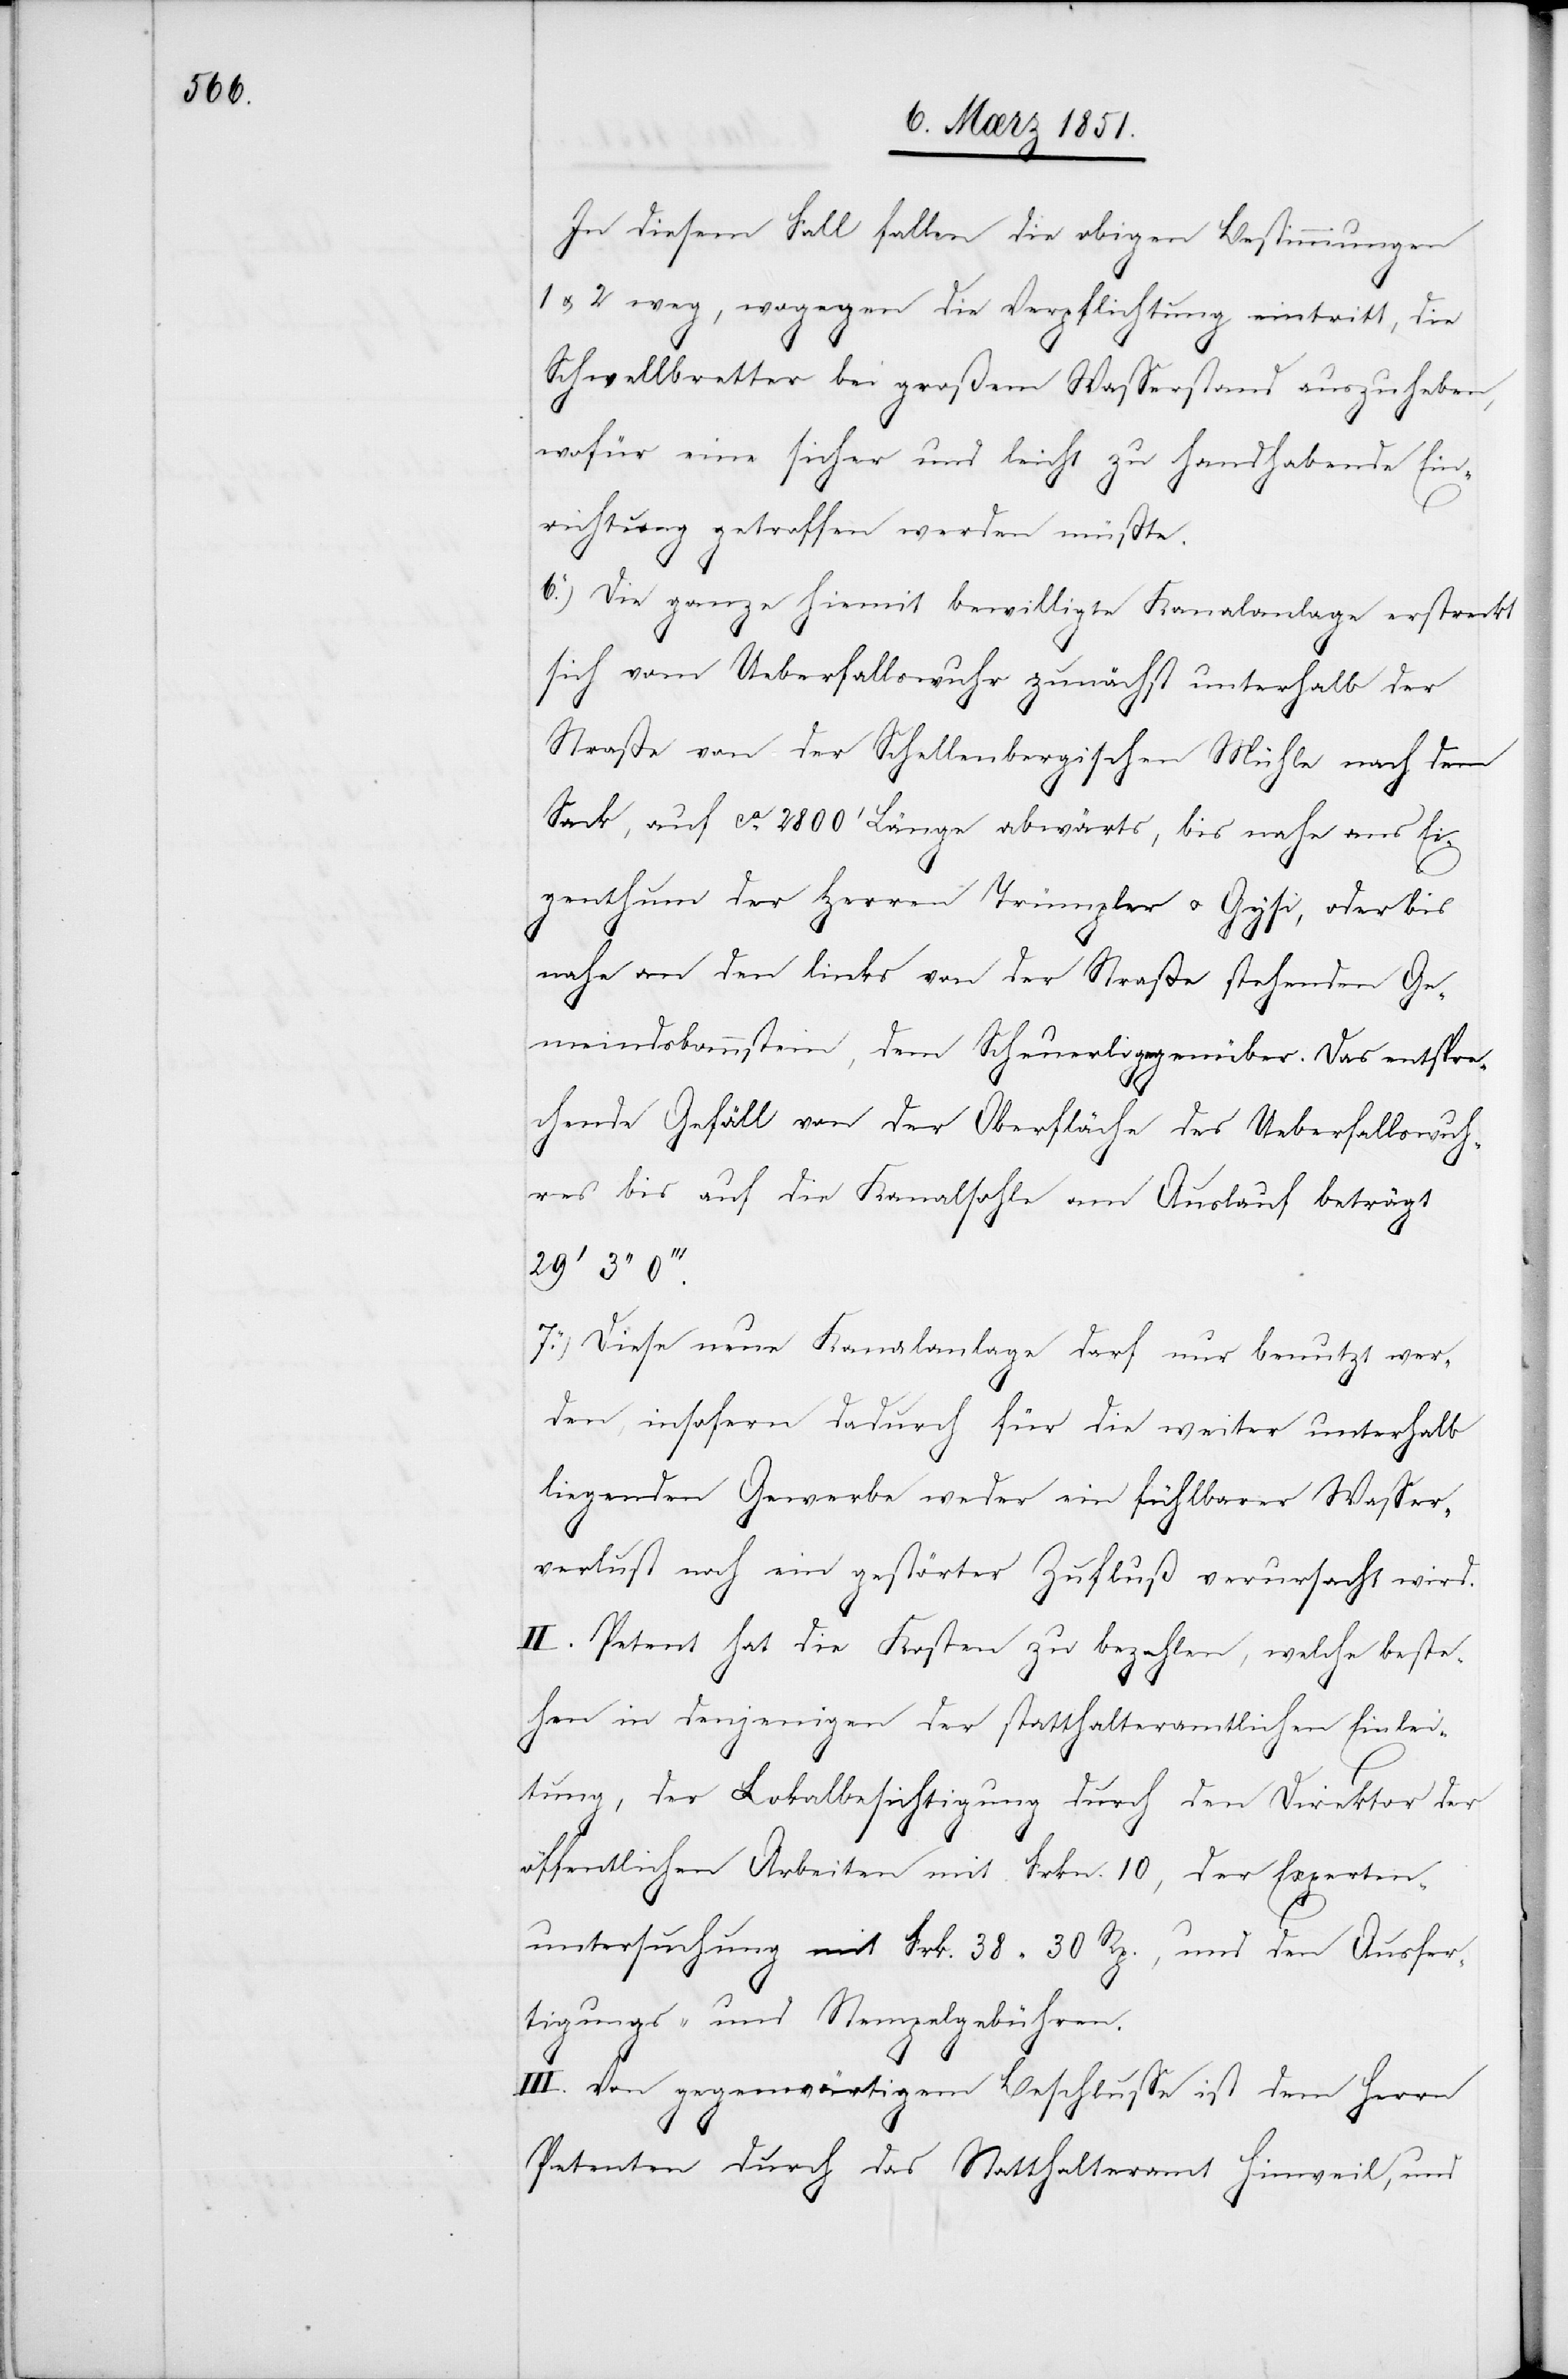
In diesem Fall fallen die obigen Bestimmungen
1 & 2 weg, wogegen die Verpflichtung eintritt, die
Schwellbretter bei großem Wasserstand auszuheben,
wofür eine sicher und leicht zu handhabende Ein¬
richtung getroffen werden müßte.
Die ganze hiemit bewilligte Kanalanlage erstreckt
sich vom Ueberfallswuhr zunächst unterhalb der
Straße von der Schellenbergischen Mühle nach dem
Sack, auf ca. 2800‘ Länge abwärts, bis nahe ans Ei¬
genthum der Herren Trümpler u. Gysi, oder bis
nahe an den links von der Straße stehenden Ge¬
meindsbannstein, dem Scheuerli gegenüber. Das entspre¬
chende Gefäll von der Oberfläche des Ueberfallswuh¬
res bis auf die Kanalsohle am Auslauf beträgt
Diese neue Kanalanlage darf nur benutzt wer¬
den, insofern dadurch für die weiter unterhalb
liegenden Gewerbe weder ein fühlbarer Wasser¬
verlust noch ein gestörter Zufluß verursacht wird.
II. Petent hat die Kosten zu bezahlen, welche beste¬
7.)
hen in denjenigen der statthalteramtlichen Einlei¬
tung, der Lokalbesichtigung durch den Direktor der
öffentlichen Arbeiten mit Frkn. 10, der Experten¬
untersuchung mit Frk. 38 30 Rp., und den Ausfer¬
tigungs- und Stempelgebühren.
III. Von gegenwärtigem Beschlusse ist dem Herrn
Petenten durch das Statthalteramt Hinweil, und